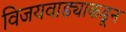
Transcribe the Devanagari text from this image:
विजयवाड्याकडून